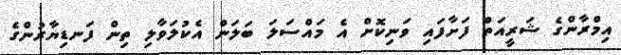
އިމްރާންގެ ޝަރީއަތް ފަށާފައި ވަނިކޮށް އެ މައްސަލަ ބަލަން އެކުލަވާލި ތިން ފަނޑިޔާރުންގެ